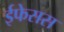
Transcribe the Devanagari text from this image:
ईफेसस